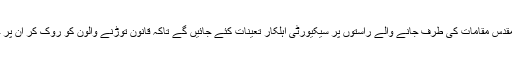
وزارت داخلہ کا کہنا تھا کہ مقدس مقامات کی طرف جانے والے راستوں پر سیکیورٹی اہلکار تعینات کئے جائیں گے تاکہ قانون توڑنے والون کو روک کر ان پر جرمانے کو یقینی بنایا جائے۔